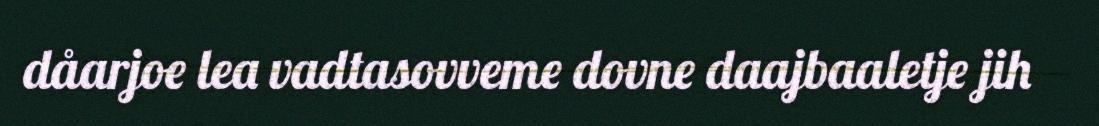
dåarjoe lea vadtasovveme dovne daajbaaletje jih